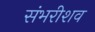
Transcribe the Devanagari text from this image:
संभरीशव